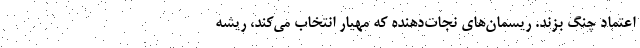
اعتماد چنگ بزند. ریسمان‌های نجات‌دهنده که مهیار انتخاب می‌کند، ریشه